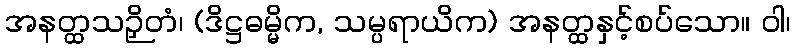
အနတ္ထသဉှိတံ၊ (ဒိဋ္ဌဓမ္မိက, သမ္ပရာယိက) အနတ္ထနှင့်စပ်သော။ ဝါ၊